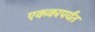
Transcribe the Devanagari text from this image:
एककापर्यंत